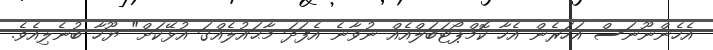
އެހެންނޫނަސް އަހަރެން އެހާ ކޮމްޕޯޓަބަލްއެއް ނުވާނެ އެފަދަ މާޙައުލެއްގަ އުޅޭކަށް" ޔޫހާ ބުނެލިއެވެ.